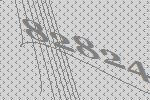
82824